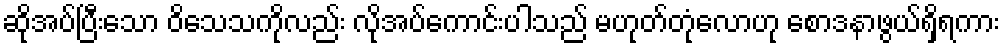
ဆိုအပ်ပြီးသော ဝိသေသကိုလည်း လိုအပ်ကောင်းပါသည် မဟုတ်တုံလောဟု စောဒနာဖွယ်ရှိရကား